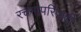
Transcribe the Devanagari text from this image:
रचनापरिपाटी